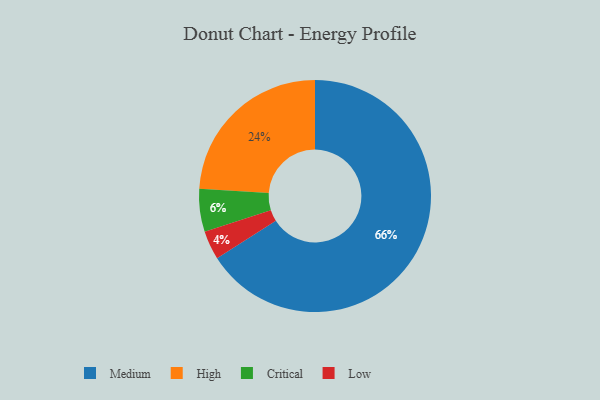
{"axis": {"x": "Category", "y": "Percentage"}, "legend": ["Critical", "High", "Low", "Medium"], "data": [{"x": "Critical", "y": 6, "type": "Critical"}, {"x": "Low", "y": 4, "type": "Low"}, {"x": "Medium", "y": 66, "type": "Medium"}, {"x": "High", "y": 24, "type": "High"}]}